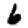
Digit: 6